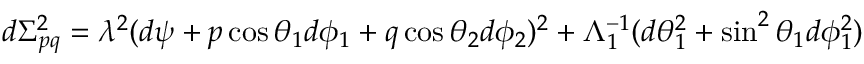
d \Sigma _ { p q } ^ { 2 } = \lambda ^ { 2 } ( d \psi + p \cos \theta _ { 1 } d \phi _ { 1 } + q \cos \theta _ { 2 } d \phi _ { 2 } ) ^ { 2 } + \Lambda _ { 1 } ^ { - 1 } ( d \theta _ { 1 } ^ { 2 } + \sin ^ { 2 } \theta _ { 1 } d \phi _ { 1 } ^ { 2 } )